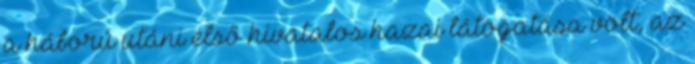
a háború utáni első hivatalos hazai látogatása volt, az